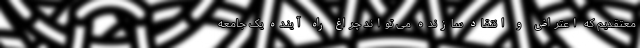
معتقدیم که اعتراض و انتقاد سازنده می تواند چراغ راه آینده یک جامعه